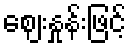
ဈေးနှုန်းဖြင့်